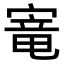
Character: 𫳭